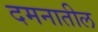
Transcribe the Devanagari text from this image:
दमनातील